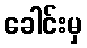
ခေါင်းမှ